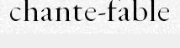
chante-fable